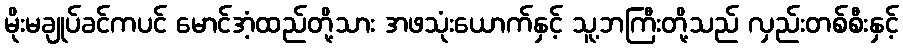
မိုးမချုပ်ခင်ကပင် မောင်အံ့ထည်တို့သား အဖသုံးယောက်နှင့် သူ့ဘကြီးတို့သည် လှည်းတစ်စီးနှင့်